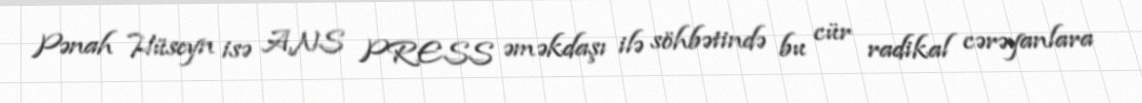
Pənah Hüseyn isə ANS PRESS əməkdaşı ilə söhbətində bu cür radikal cərəyanlara